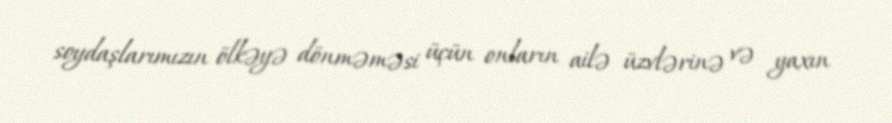
soydaşlarımızın ölkəyə dönməməsi üçün onların ailə üzvlərinə və yaxın